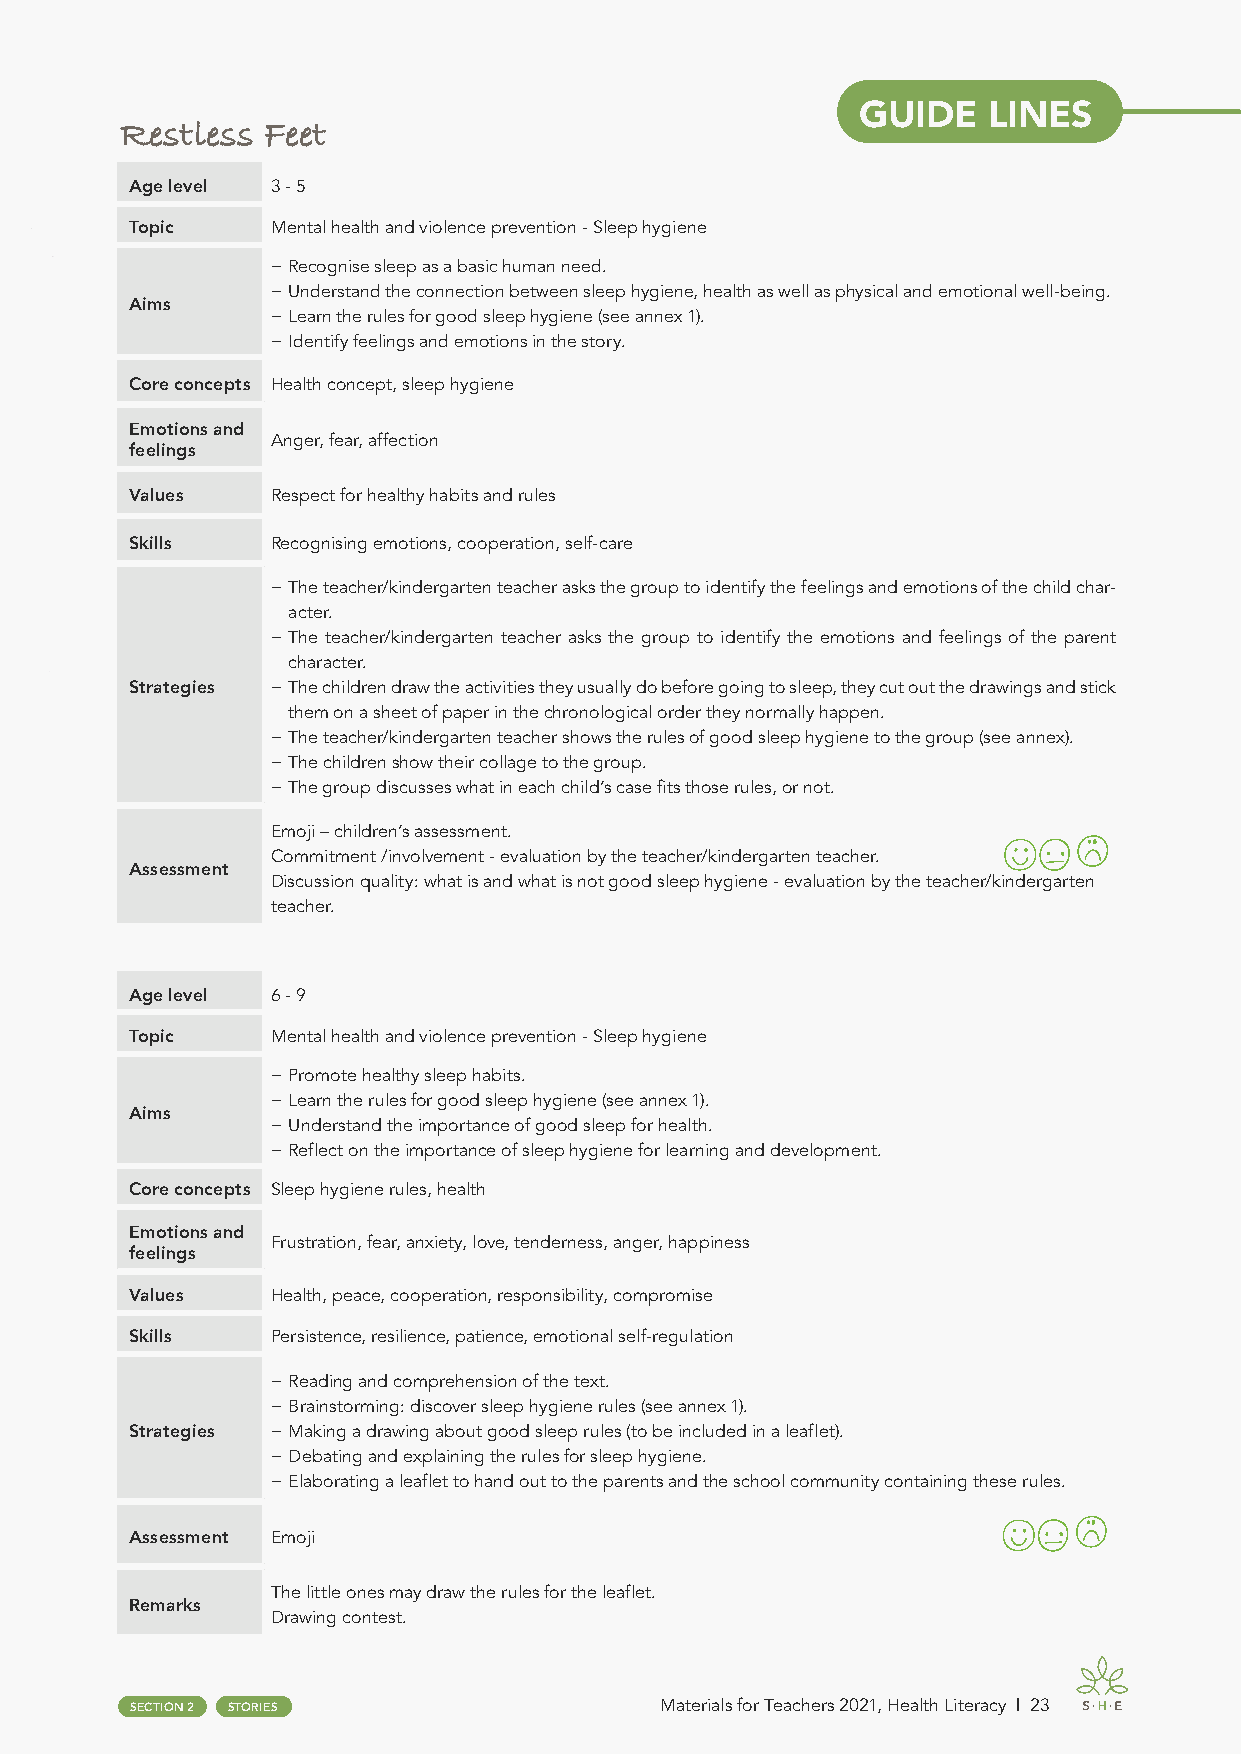
GUIDE   LINES
 Restless Feet
 Age level 3 - 5
 Topic    Mental health and violence prevention - Sleep hygiene
 − Recognise sleep as a basic human need.
 − Understand the connection between sleep hygiene, health as well as physical and emotional well-being.
 Aims
 − Learn the rules for good sleep hygiene (see annex 1).
 − Identify feelings and emotions in the story.
 Core concepts Health concept, sleep hygiene
 Emotions and
 Anger, fear, affection
 feelings
 Values   Respect for healthy habits and rules
 Skills   Recognising emotions, cooperation, self-care
 − The teacher/kindergarten teacher asks the group to identify the feelings and emotions of the child char-
 acter.
 − The teacher/kindergarten teacher asks the group to identify the emotions and feelings of the parent
 character.
 Strategies − The children draw the activities they usually do before going to sleep, they cut out the drawings and stick
 them on a sheet of paper in the chronological order they normally happen.
 − The teacher/kindergarten teacher shows the rules of good sleep hygiene to the group (see annex).
 − The children show their collage to the group.
 − The group discusses what in each child’s case fits those rules, or not.
 Emoji – children’s assessment.
 Commitment /involvement - evaluation by the teacher/kindergarten teacher.
 Assessment
 Discussion quality: what is and what is not good sleep hygiene - evaluation by the teacher/kindergarten
 teacher.
 Age level 6 - 9
 Topic    Mental health and violence prevention - Sleep hygiene
 − Promote healthy sleep habits.
 − Learn the rules for good sleep hygiene (see annex 1).
 Aims
 − Understand the importance of good sleep for health.
 − Reflect on the importance of sleep hygiene for learning and development.
 Core concepts Sleep hygiene rules, health
 Emotions and
 Frustration, fear, anxiety, love, tenderness, anger, happiness
 feelings
 Values   Health, peace, cooperation, responsibility, compromise
 Skills   Persistence, resilience, patience, emotional self-regulation
 − Reading and comprehension of the text.
 − Brainstorming: discover sleep hygiene rules (see annex 1).
 Strategies − Making a drawing about good sleep rules (to be included in a leaflet).
 − Debating and explaining the rules for sleep hygiene.
 − Elaborating a leaflet to hand out to the parents and the school community containing these rules.
 Assessment Emoji
 The little ones may draw the rules for the leaflet.
 Remarks
 Drawing contest.
 SECTION 2 STORIES                  Materials for Teachers 2021, Health Literacy | 23